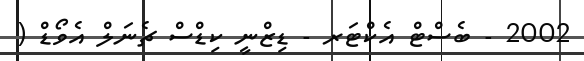
2002 - ބެސްޓް އެކްޓަރ - ޑިޒްނީ ކިޑްސް ޗެނަލް އެވޯޑް (